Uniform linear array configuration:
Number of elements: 16
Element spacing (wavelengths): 0.25
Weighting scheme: cosine
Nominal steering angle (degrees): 0
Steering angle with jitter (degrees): -1.518
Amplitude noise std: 0.05
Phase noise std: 0.05

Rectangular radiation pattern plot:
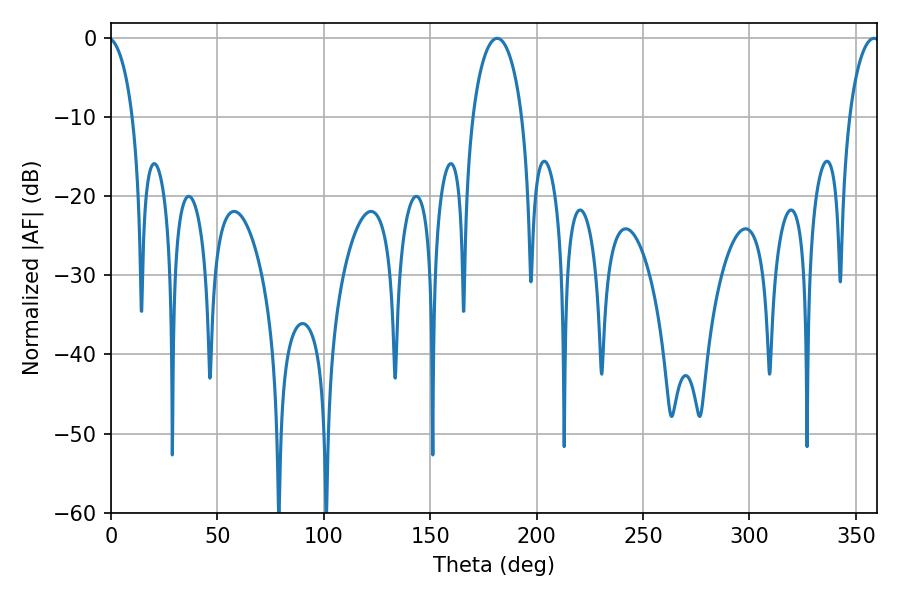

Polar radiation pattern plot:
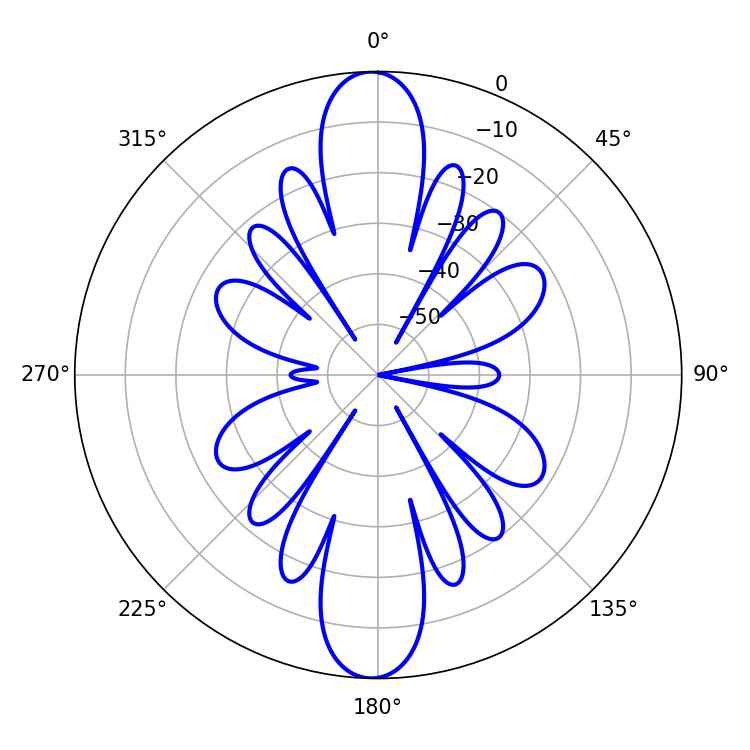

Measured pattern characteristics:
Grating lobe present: FALSE
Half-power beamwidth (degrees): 13.32
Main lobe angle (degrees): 181.44